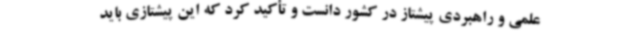
علمی و راهبردی پیشتاز در کشور دانست و تأکید کرد که این پیشتازی باید